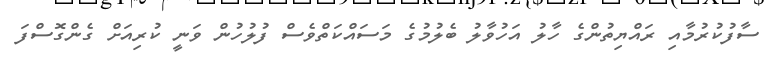
ސާފުކުރުމާއި ރައްޔިތުންގެ ހާލު އަހުވާލު ބެލުމުގެ މަސައްކަތްވެސް ފުލުހުން ވަނީ ކުރިއަށް ގެންގޮސްފަ